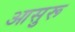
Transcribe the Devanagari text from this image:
आसुरू